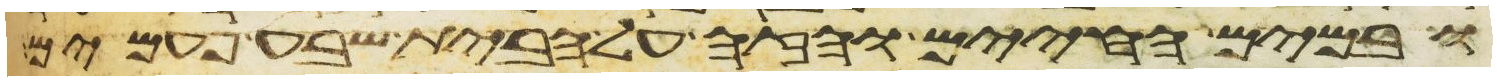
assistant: ובמים החיים והזה על הבית שבע פעמים